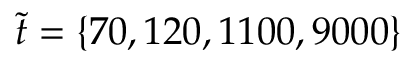
\tilde { t } = \{ 7 0 , 1 2 0 , 1 1 0 0 , 9 0 0 0 \}